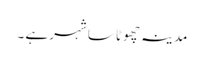
مدینہ چھوٹا سا شہر ہے ۔